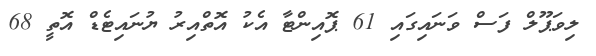
ލިވަޕޫލް ފަސް ވަނައިގައި 61 ޕޮއިންޓާ އެކު އޮތްއިރު ޔުނައިޓެޑް އޮތީ 68